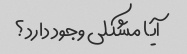
آیا مشکلی وجود دارد؟